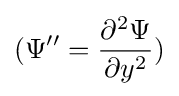
(\Psi ''={\frac {\partial ^{2}\Psi }{\partial y^{2}}})